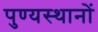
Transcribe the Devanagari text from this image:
पुण्यस्थानों